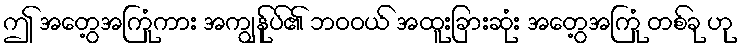
ဤ အတွေ့အကြုံကား အကျွန်ုပ်၏ ဘဝဝယ် အထူးခြားဆုံး အတွေ့အကြုံ တစ်ခု ဟု